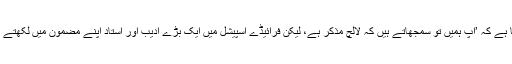
ایک بچے کا خط آیا ہے کہ ’آپ ہمیں تو سمجھاتے ہیں کہ لالچ مذکر ہے، لیکن فرائیڈے اسپیشل میں ایک بڑے ادیب اور استاد اپنے مضمون میں لکھتے ہیں ’جنت کی لالچ‘۔